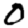
Digit: 0